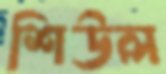
শিউল